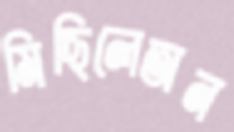
মিছিলেঅন